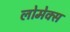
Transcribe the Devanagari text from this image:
लोमेक्स